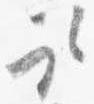
取